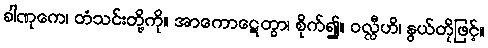
ခါဏုကေ၊ တံသင်းတို့ကို။ အာကောဋေတွာ၊ စိုက်၍။ ဝလ္လီဟိ၊ နွယ်တိုဖြင့်။